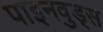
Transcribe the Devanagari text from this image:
पाइनवुड्स